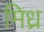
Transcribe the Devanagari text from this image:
मिध्र